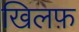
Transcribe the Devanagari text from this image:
खिलफ़